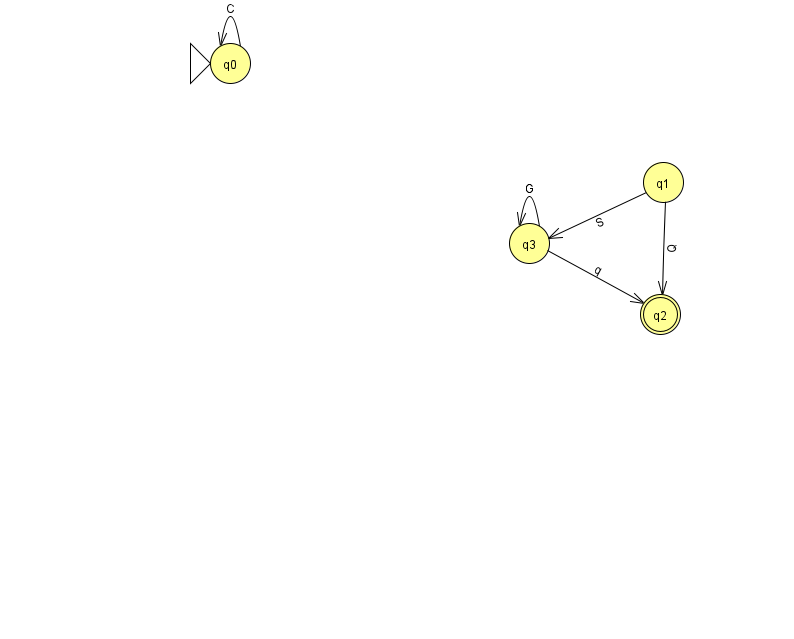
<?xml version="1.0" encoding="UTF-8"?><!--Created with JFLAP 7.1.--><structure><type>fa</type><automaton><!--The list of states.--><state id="0" name="q0"><x>230.0</x><y>50.0</y><initial/></state><state id="1" name="q1"><x>663.0</x><y>169.0</y></state><state id="2" name="q2"><x>660.0</x><y>301.0</y><final/></state><state id="3" name="q3"><x>529.0</x><y>230.0</y></state><!--The list of transitions.--><transition><from>0</from><to>0</to><read>C</read></transition><transition><from>1</from><to>3</to><read>S</read></transition><transition><from>3</from><to>3</to><read>G</read></transition><transition><from>1</from><to>2</to><read>Q</read></transition><transition><from>3</from><to>2</to><read>q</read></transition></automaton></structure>